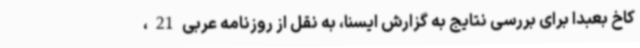
کاخ بعبدا برای بررسی نتایج به گزارش ایسنا، به نقل از روزنامه عربی21،